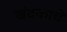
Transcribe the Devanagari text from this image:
खंदकाचे